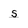
Character: s